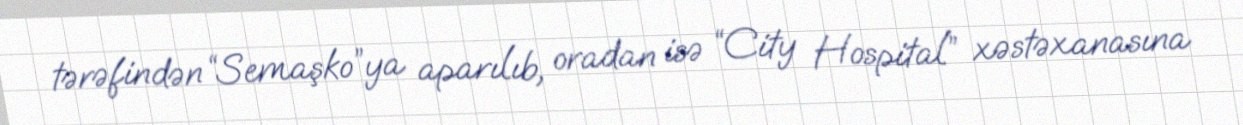
tərəfindən “Semaşko”ya aparılıb, oradan isə “City Hospital” xəstəxanasına